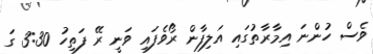
ވެސް ހުންނަ އިމާރާތުގައި އަލިފާން ރޯވެފައި ވަނީ ރޭ ފަތިހު 3:30 ގަ